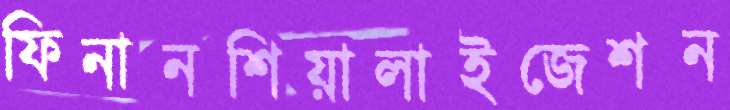
ফিনানশিয়ালাইজেশন